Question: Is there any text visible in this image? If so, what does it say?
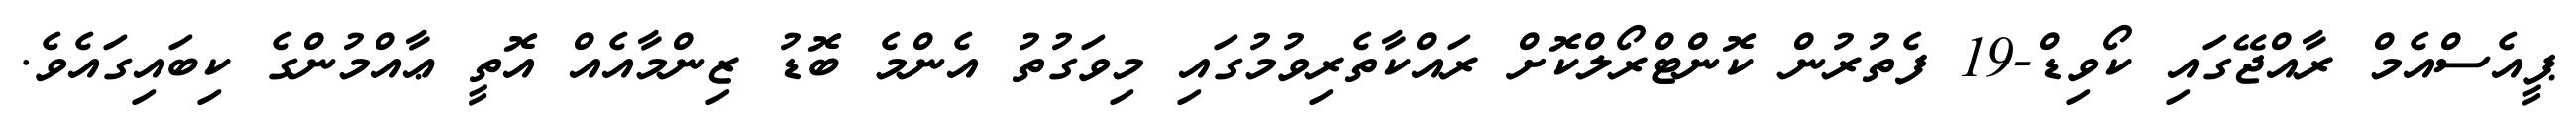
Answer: ޕީއެސްއެމް ރާއްޖޭގައި ކޯވިޑް-19 ފެތުރުން ކޮންޓްރޯލްކޮށް ރައްކާތެރިވުމުގައި މިވަގުތު އެންމެ ބޮޑު ޒިންމާއެއް އޮތީ ޢާއްމުންގެ ކިބައިގައެވެ.